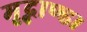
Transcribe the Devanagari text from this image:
मृद्भाण्ड।